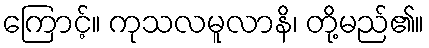
ကြောင့်။ ကုသလမူလာနိ၊ တို့မည်၏။